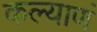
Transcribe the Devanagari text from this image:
कल्याणं